Report on vaccination in the Province of Bengal - 1869-1873
Year: 1869
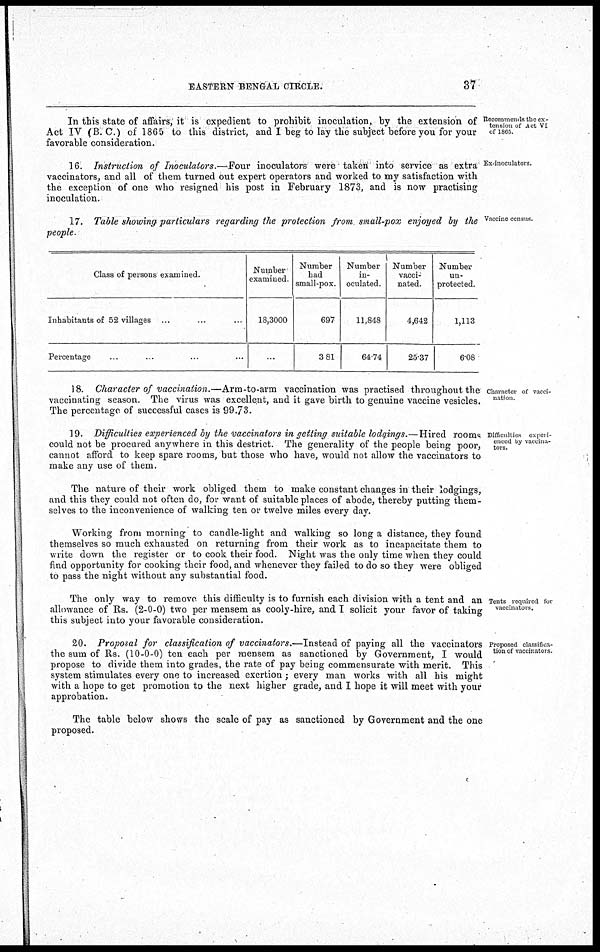
EASTERN BENGAL CIRCLE.
37
Recommends the ex-
tension of Act VI
of 1865.
In this state of affairs, it is expedient to prohibit inoculation, by the extension of
Act IV (B.C.) of 1865 to this district, and I beg to lay the subject before you for your
favorable consideration.
Ex-inoculators.
16. Instruction of Inoculators.—Four inoculators were taken into service as extra
vaccinators, and all of them turned out expert operators and worked to my satisfaction with
the exception of one who resigned his post in February 1873, and is now practising
inoculation.
Vaccine census.
17. Table showing particulars regarding the protection from small-pox enjoyed by the
people.
Class of persons examined.
Inhabitants of 52 villages ...
Percentage
Number
examined.
18,3000
..
Number
had
small-pox.
697
3 81
Number
in-
oculated.
11,848
64.74
Number
vacci-
nated.
4,642
25.37
Number
un-
protected.
1,113
6.08
Character of vacci-
nation.
18. Character of vaccination.—Arm-to-arm
vaccination was practised throughout the
vaccinating season. The virus was excellent, and it gave birth to genuine vaccine vesicles.
The percentage of successful cases is 99.73.
Difficulties experi-
enced by vaccina-
tors.
19. Difficulties experienced by the vaccinators in getting suitable lodgings.—Hired rooms
could not be procured anywhere in this destrict. The generality of the people being poor,
cannot afford to keep spare rooms, but those who have, would not allow the vaccinators to
make any use of them.
The nature of their work obliged them to make constant changes in their lodgings,
and this they could not often do, for want of suitable places of abode, thereby putting them-
selves to the inconvenience of walking ten or twelve miles every day.
Working from morning to candle-light and walking so long a distance, they found
themselves so much exhausted on returning from their work as to incapacitate them to
write down the register or to cook their food. Night was the only time when they could
find opportunity for cooking their food, and whenever they failed to do so they were obliged
to pass the night without any substantial food.
Tents required for
vaccinators.
The only way to remove this difficulty is to furnish each division with a tent and an
allowance of Rs. (2-0-0) two per mensem as cooly-hire, and I solicit your favor of taking
this subject into your favorable consideration.
Proposed classifica-
tion of vaccinators.
20. Proposal for classification of vaccinators.—Instead of paying all the vaccinators
the sum of Rs. (10-0-0) ten each per mensem as sanctioned by Government, I would
propose to divide them into grades, the rate of pay being commensurate with merit. This
system stimulates every one to increased exertion; every man works with all his might
with a hope to get promotion to the next higher grade, and I hope it will meet with your
approbation.
The table below shows the scale of pay as sanctioned by Government and the one
proposed.